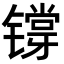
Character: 𬭷